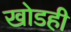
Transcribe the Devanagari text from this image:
खोडही